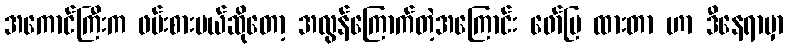
အကောင်ကြီးက ဖမ်းစားမယ်ဆိုတော့ အလွန်ကြောက်တဲ့အကြောင်း ဖော်ပြ ထားတာ ဟာ ဒီနေရာမှာ